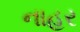
નાહર